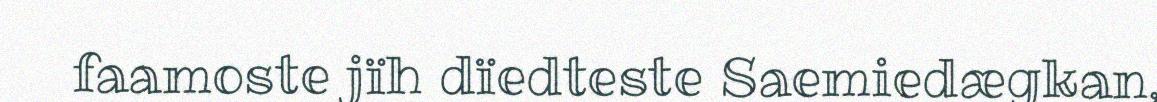
faamoste jïh dïedteste Saemiedægkan,